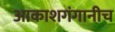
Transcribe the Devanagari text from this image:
आकाशगंगानीच